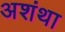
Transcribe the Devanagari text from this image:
अशंथा